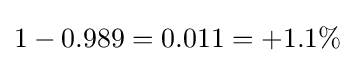
1-0.989=0.011=+1.1\%